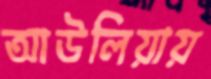
আউলিয়ায়